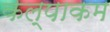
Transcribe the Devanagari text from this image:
कल्पाकम